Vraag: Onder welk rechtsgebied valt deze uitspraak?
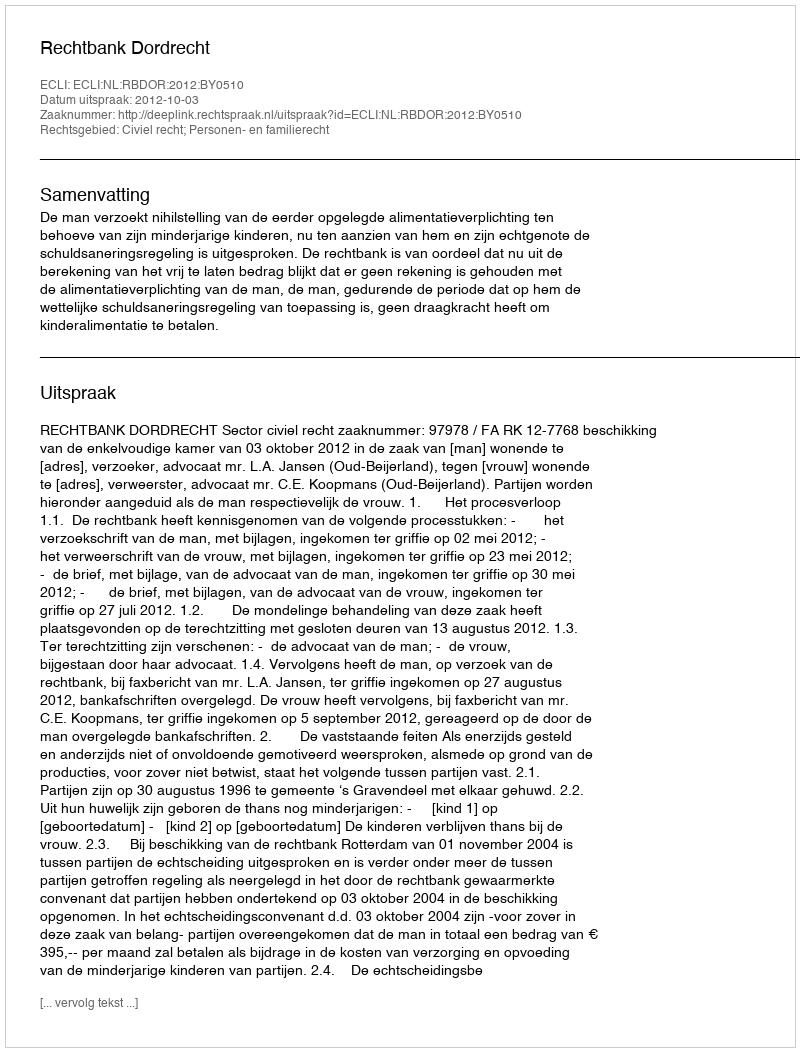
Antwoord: Civiel recht; Personen- en familierecht